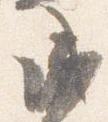
成